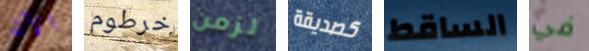
الآن خرطوم لزمن كصديقة الساقط في